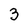
Character: 3